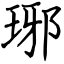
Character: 琊